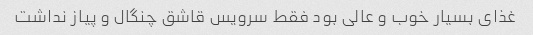
غذای بسیار خوب و عالی بود فقط سرویس قاشق چنگال و پیاز نداشت